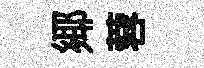
鄊蓉